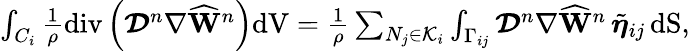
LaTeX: \begin{array}{r}{\int_{C_{i}}\frac{1}{\rho}\mathrm{div}\left(\boldsymbol{\mathcal{D}}^{n}\nabla\widehat{\mathbf{W}}^{n}\right)\mathrm{dV}=\frac{1}{\rho}\sum_{N_{j}\in\mathcal{K}_{i}}\int_{\Gamma_{ij}}\boldsymbol{\mathcal{D}}^{n}\nabla\widehat{\mathbf{W}}^{n}\, \tilde{\boldsymbol{\eta}}_{ij}\, \mathrm{dS},}\end{array}